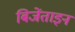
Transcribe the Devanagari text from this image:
बिजेंताइन